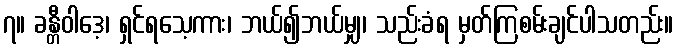
၇။ ခန္တီဝါဒေ့၊ ရှင်ရသေ့ကား၊ ဘယ်၍ဘယ်မျှ၊ သည်းခံရ မှတ်ကြစမ်းချင်ပါသတည်း။